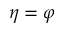
\eta = \varphi